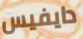
دايفيس